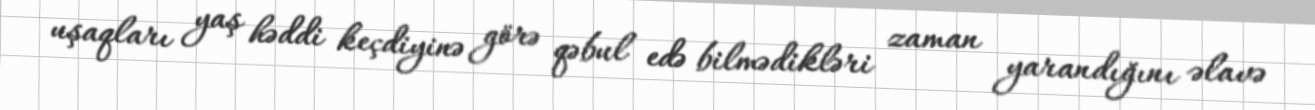
uşaqları yaş həddi keçdiyinə görə qəbul edə bilmədikləri zaman yarandığını əlavə